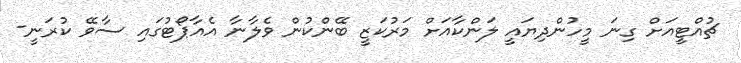
ޗުއްޓީއަށް ގިނަ މީހުންދިޔައީ ލަންކާއަށް މަރުކަޒީ ބޭންކުން ވެލާނާ އެއާޕޯޓުގައި ސާވޭ ކުރަނީ-